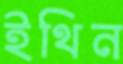
ইথিন